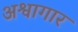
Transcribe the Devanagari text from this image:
अश्वागार